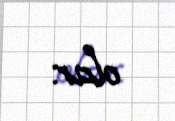
olar.